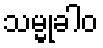
သမ္မုခါဝ